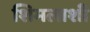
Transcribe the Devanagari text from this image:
शिमलाशी